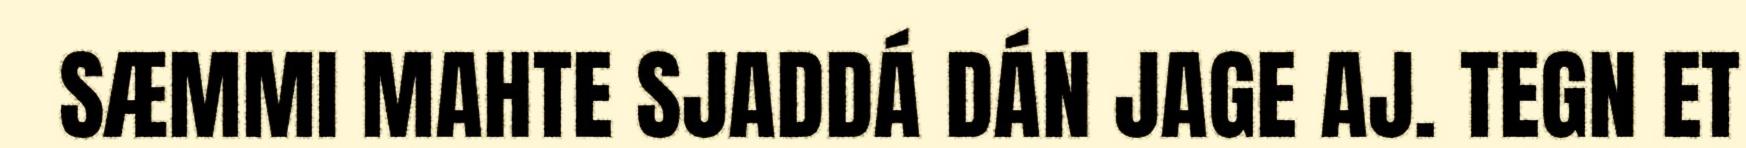
SÆMMI MAHTE SJADDÁ DÁN JAGE AJ. TEGN ET